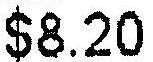
$8.20